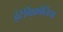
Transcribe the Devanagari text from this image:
इंटेग्रिफ़ोलिया